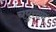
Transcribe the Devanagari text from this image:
चपुरसन